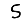
Digit: 5